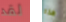
لقد هذه